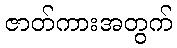
ဇာတ်ကားအတွက်